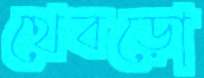
থেবড়ো